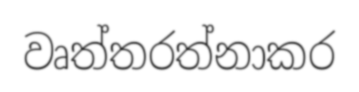
වෘත්තරත්නාකර